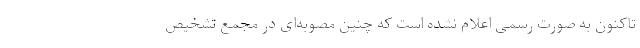
تاکنون به صورت رسمی اعلام نشده است که چنین مصوبه‌ای در مجمع تشخیص